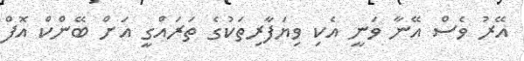
އޭރު ވެސް އޭނާ ވަނީ އެކި ވިޔަފާރިތަކުގެ ތަރައްގީ އަށް ބޭންކް އޮފް